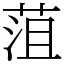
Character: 菹